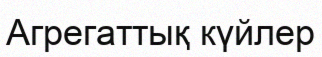
Агрегаттық күйлер